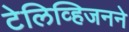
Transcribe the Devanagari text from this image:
टेलिव्हिजनने